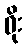
ဝိုး